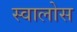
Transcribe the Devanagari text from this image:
स्वालोस